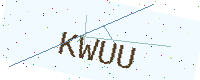
Text: KWUU